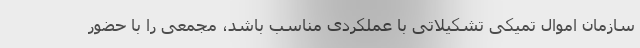
سازمان اموال تمیکی تشکیلاتی با عملکردی مناسب باشد، مجمعی را با حضور